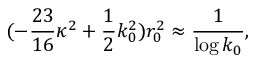
( - \frac { 2 3 } { 1 6 } \kappa ^ { 2 } + \frac 1 2 k _ { 0 } ^ { 2 } ) r _ { 0 } ^ { 2 } \approx \frac { 1 } { \log k _ { 0 } } ,